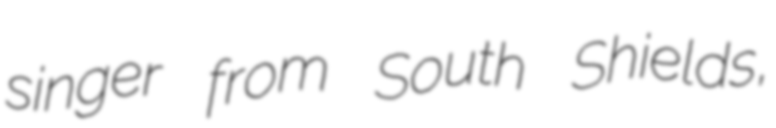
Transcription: singer from South Shields,